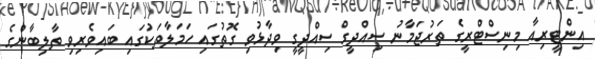
އިންޓީރިއާ މިނިސްޓްރީގެ ތަރުޖަމާނު ސިއްދީގް ސިއްދީގީ ވިދާޅުވި ގޮތުގައި ހަމަލާތަކުގައި ބައިވެރިވި ތާލިބާންގެ